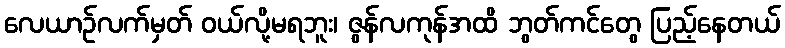
လေယာဉ်လက်မှတ် ဝယ်လို့မရဘူး၊ ဇွန်လကုန်အထိ ဘွတ်ကင်တွေ ပြည့်နေတယ်